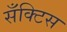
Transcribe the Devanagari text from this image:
सँक्टिस